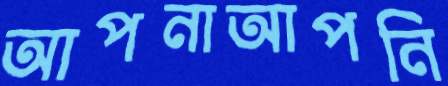
আপনাআপনি